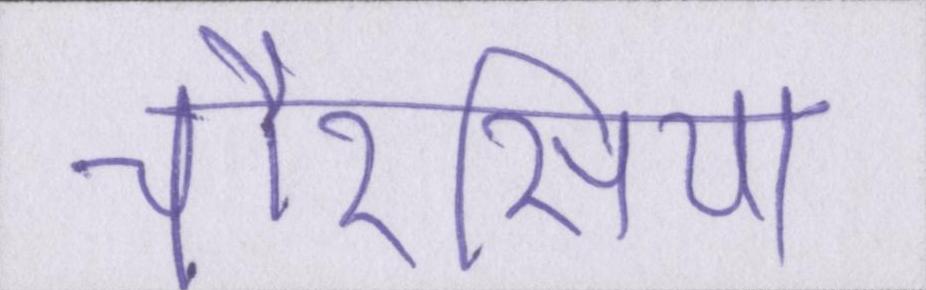
चौरसिया